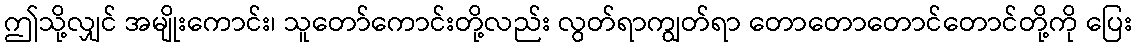
ဤသို့လျှင် အမျိုးကောင်း၊ သူတော်ကောင်းတို့လည်း လွတ်ရာကျွတ်ရာ တောတောတောင်တောင်တို့ကို ပြေး